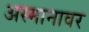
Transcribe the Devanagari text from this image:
अस्मानावर